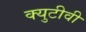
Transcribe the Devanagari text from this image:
क्युटीवी